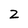
Character: Z